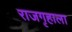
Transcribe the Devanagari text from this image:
राजगृहाला